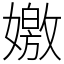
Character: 嬓